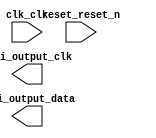

module PongFPGA (
	clk_clk,
	hdmi_output_clk,
	hdmi_output_data,
	reset_reset_n);	

	input		clk_clk;
	output		hdmi_output_clk;
	output	[2:0]	hdmi_output_data;
	input		reset_reset_n;
endmodule